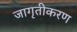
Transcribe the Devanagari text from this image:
जागृतीकरण